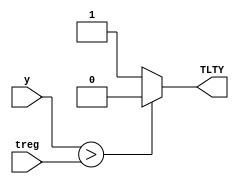
`timescale 1ns/1ns
module comp(input [15:0]treg , input [7:0] y ,output reg TLTY);
   always@(y , treg ) begin
  if(y > treg)
   TLTY =0;
 else TLTY=1;
 end 
 endmodule